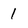
Character: 1